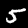
Label: 5